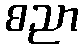
စညာ